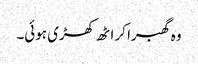
وہ گھبرا کر اٹھ کھڑی ہوئی۔